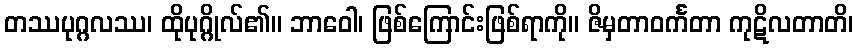
တဿပုဂ္ဂလဿ၊ ထိုပုဂ္ဂိုလ်၏။ ဘာဝေါ၊ ဖြစ်ကြောင်းဖြစ်ရာကို။ ဇိမှတာဝင်္ကတာ ကုဋိလတာတိ၊